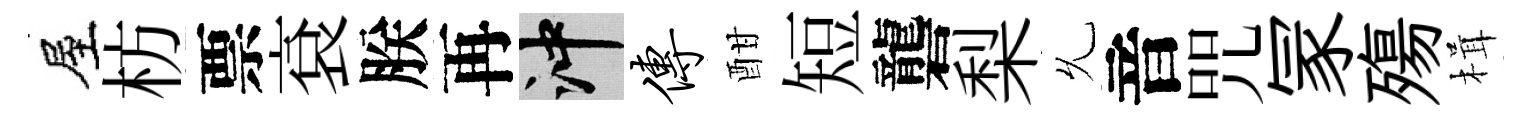
屋枋票袞朕再冲传酣短礱梨𠃔音咒冡殤楫